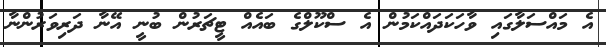
އެ މައްސަލާގައި ވާހަކަދައްކަމުން އެ ސްކޫލްގެ ބައެއް ޓީޗަރުން ބުނީ އޭނާ ދަރިވަރުންނާ